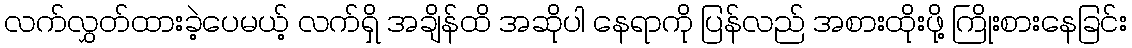
လက်လွှတ်ထားခဲ့ပေမယ့် လက်ရှိ အချိန်ထိ အဆိုပါ နေရာကို ပြန်လည် အစားထိုးဖို့ ကြိုးစားနေခြင်း